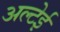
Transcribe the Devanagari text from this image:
अल्टेई